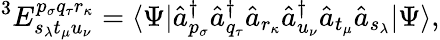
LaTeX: ^3E_{s_{\lambda}t_{\mu}u_{\nu}}^{p_{\sigma}q_{\tau}r_{\kappa}}=\langle\Psi|\hat{a}_{p_{\sigma}}^{\dagger}\hat{a}_{q_{\tau}}^{\dagger}\hat{a}_{r_{\kappa}}\hat{a}_{u_{\nu}}^{\dagger}\hat{a}_{t_{\mu}}\hat{a}_{s_{\lambda}}|\Psi\rangle,